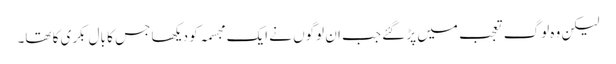
لیکن وہ لوگ تعجب میں پڑ گئے جب ان لوگوں نے ایک مجسمہ کو دیکھا جس کا بال بکری کا تھا۔